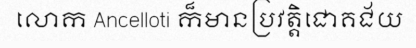
លោក Ancelloti ក៏មានប្រវត្តិជោគជ័យ